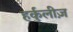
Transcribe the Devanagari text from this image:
हर्कुलीज़